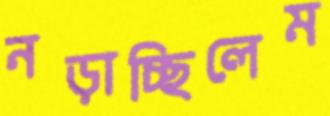
নড়াচ্ছিলেম